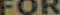
FOR